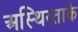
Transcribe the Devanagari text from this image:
अस्थिरताके